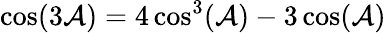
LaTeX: \cos(3\mathcal{A})=4\cos^{3}(\mathcal{A})-3\cos(\mathcal{A})